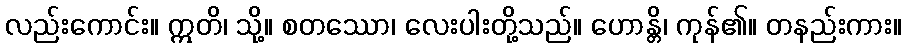
လည်းကောင်း။ ဣတိ၊ သို့။ စတဿော၊ လေးပါးတို့သည်။ ဟောန္တိ၊ ကုန်၏။ တနည်းကား။